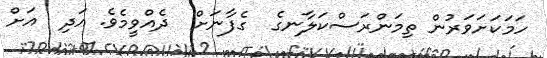
ހަމަކަށަވަރުން ތިމަންރަސްކަލާނގެ  ގެފާނަށް  ދެއްވީމެވެ. އަދި  އަށް